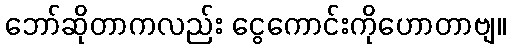
ဘော်ဆိုတာကလည်း ငွေကောင်းကိုဟောတာဗျ။